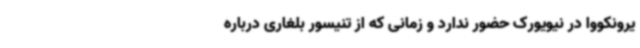
یرونکووا در نیویورک حضور ندارد و زمانی که از تنیسور بلغاری درباره